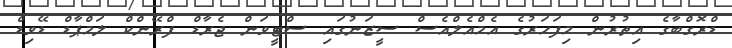
ޑްރޮގްބާގެ އިތުރުން މިފަހަރުގެ އެމްއެލްއެސް ސީޒަނުގައި ސްޓީވަން ޖެރާޑް ފްރޭންކް ލަމްޕާޑް ޑޭވިޑް